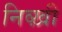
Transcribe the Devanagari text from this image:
निव्ख़ी